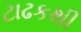
ટાઢકથી